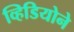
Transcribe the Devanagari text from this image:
व्हिडियोने